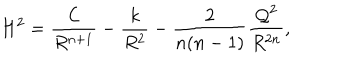
H ^ { 2 } = \frac { { \cal C } } { R ^ { n + 1 } } - \frac { k } { R ^ { 2 } } - \frac { 2 } { n ( n - 1 ) } \frac { { \cal Q } ^ { 2 } } { R ^ { 2 n } } ,